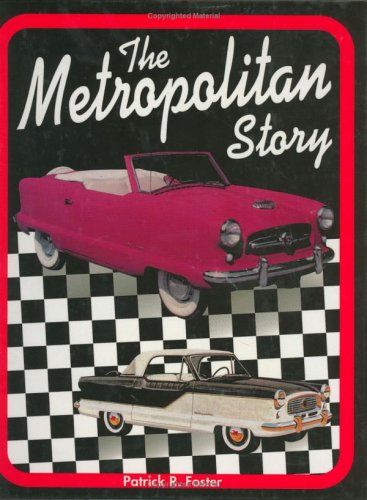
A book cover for The Metropolitan Story; Patrick R Foster; Humor & Entertainment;